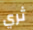
ثري